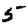
Digit: 5